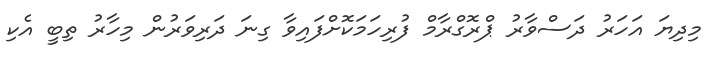
މިދިޔަ އަހަރު ދަސްވާރު ޕްރޮގްރާމް ފުރިހަމަކޮށްފައިވާ ގިނަ ދަރިވަރުން މިހާރު ތިބީ އެކި